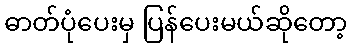
ဓာတ်ပုံပေးမှ ပြန်ပေးမယ်ဆိုတော့